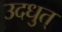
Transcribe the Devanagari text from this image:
उदधुत्